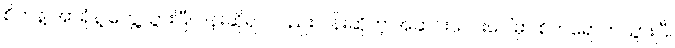
စိတ်နဲ့ အာရုံနဲ့ တွေ့သွားပြီ၊ ပန်းဆိုရင်လည်း ပန်းဆိုတဲ့ အဆင်းလေးပေါ်မှာ စိတ်ရောက်သွားပြီ၊